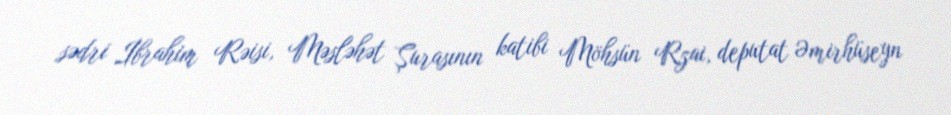
sədri İbrahim Rəisi, Məsləhət Şurasının katibi Möhsün Rzai, deputat Əmirhüseyn